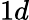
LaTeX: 1d